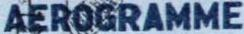
AEROGRAMME